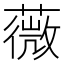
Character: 薇